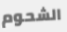
الشحوم